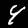
Label: 4